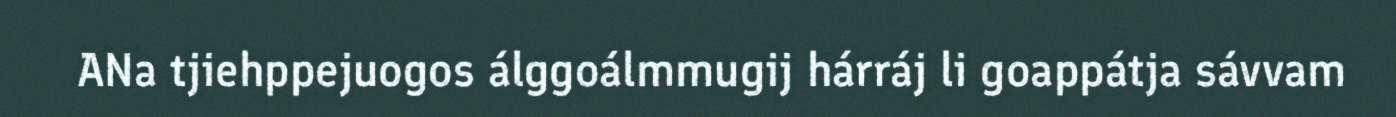
ANa tjiehppejuogos álggoálmmugij hárráj li goappátja sávvam